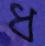
ধ